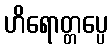
ဟိရောတ္တပ္ပေ